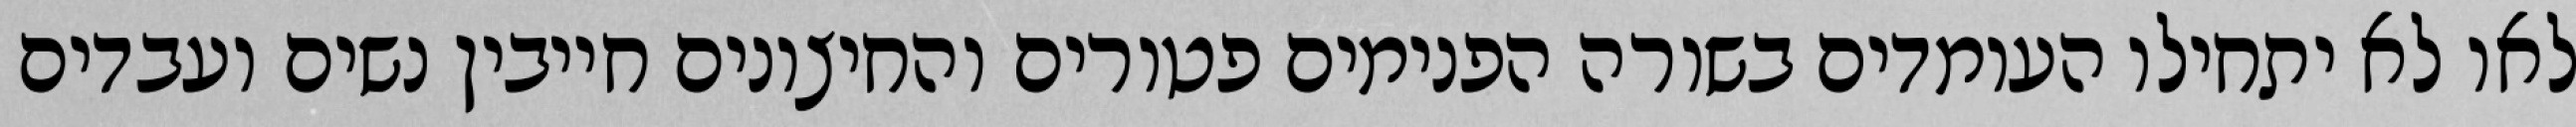
לאו לא יתחילו העומדים בשורה הפנימים פטורים והחיצונים חייבין נשים ועבדים